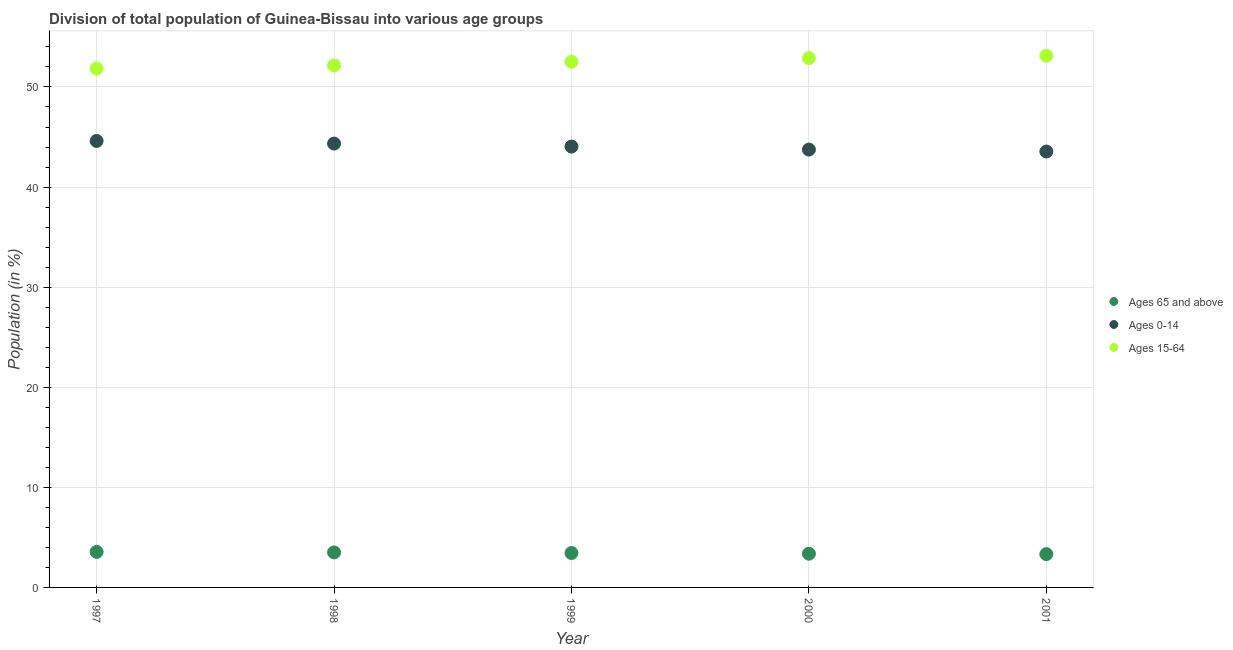
| Year | Ages 65 and above | Ages 0-14 | Ages 15-64 |
 | --- | --- | --- | --- |
 | 1997 | 3.55 | 44.6 | 51.8 |
 | 1998 | 3.5 | 44.3 | 52.2 |
 | 1999 | 3.44 | 44 | 52.5 |
 | 2000 | 3.37 | 43.7 | 52.9 |
 | 2001 | 3.33 | 43.6 | 53.1 |